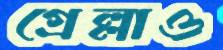
গ্রেল্লাও